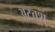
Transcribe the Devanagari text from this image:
अटवश